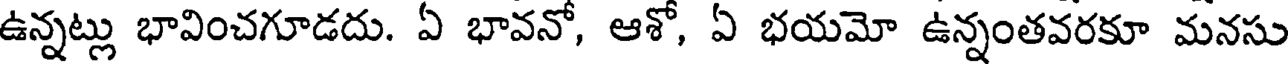
ఉన్నట్లు భావించగూడదు. ఏ భావనో, ఆశో, ఏ భయమో ఉన్నంతవరకూ మనసు